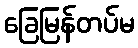
ခြေမြန်တပ်မ